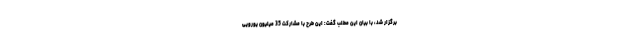
برگزار شد، با بیان این مطلب گفت: این طرح با مشارکت 35 میلیون یورویی